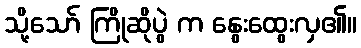
သို့သော် ကြိုဆိုပွဲ က နွေးထွေးလှ၏။